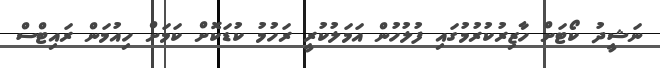
ނަޝީދު ކޯޓަށް ހާޒިރުކުރުމުގައި ފުލުހުން އަމަލުކުރީ ރަހުމު ކުޑަކޮށް ކަމަށް ހިއުމަން ރައިޓްސް